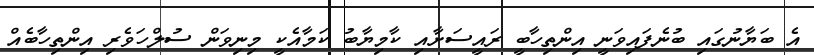
އެ ބަޔާނުގައި ބުނެފައިވަނީ އިންތިހާބީ ރައީސަށާއި ކާމިޔާބު ކަމާއެކީ މިނިވަން ސުލްހަވެރި އިންތިހާބެއް